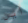
أين